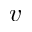
v